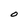
Character: O